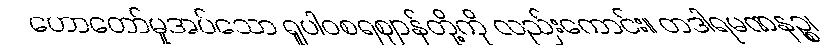
ဟောတော်မူအပ်သော ရူပါဝစရဈာန်တို့ကို လည်းကောင်း။ တဒါရမဏနဉ္စ၊